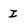
Character: i